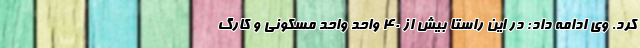
کرد. وی ادامه داد: در این راستا بیش از ۴۰ واحد واحد مسکونی و کارگ